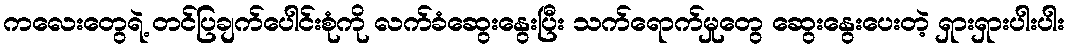
ကလေးတွေရဲ့ တင်ပြချက်ပေါင်းစုံကို လက်ခံဆွေးနွေးပြီး သက်ရောက်မှုတွေ ဆွေးနွေးပေးတဲ့ ရှားရှားပါးပါး